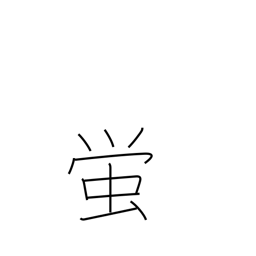
Meaning: firefly